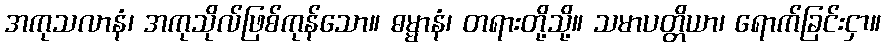
အကုသလာနံ၊ အကုသိုလ်ဖြစ်ကုန်သော။ ဓမ္မာနံ၊ တရားတို့သို့။ သမာပတ္တိယာ၊ ရောက်ခြင်းငှာ။